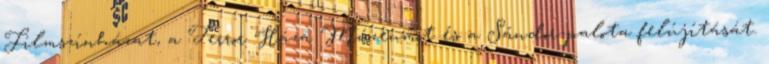
Filmszínházat, a Terror Háza Múzeumot és a Sándor-palota felújítását.